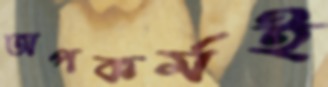
অপকর্মই